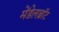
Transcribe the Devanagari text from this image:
मेंडेलब्रॉट